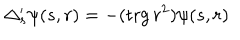
\Delta _ { s } ^ { \prime } \psi ( s , r ) = - ( \mathrm { t r g } \, r ^ { 2 } ) \psi ( s , r )